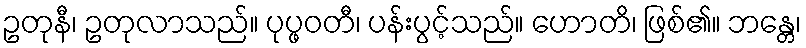
ဥတုနီ၊ ဥတုလာသည်။ ပုပ္ဖဝတီ၊ ပန်းပွင့်သည်။ ဟောတိ၊ ဖြစ်၏။ ဘန္တေ၊